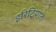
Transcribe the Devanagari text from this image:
इरिट्रियात